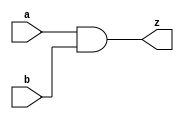
module and2(
    input a,
    input b,
    output z);

    assign z = a & b;
endmodule